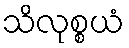
သိလုစ္စယံ